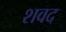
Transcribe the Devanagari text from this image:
शवद